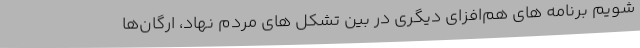
شویم برنامه های هم‌افزای دیگری در بین تشکل های مردم نهاد، ارگان‌ها